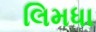
લિમધા